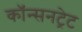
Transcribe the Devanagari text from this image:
कॉन्सनट्रेट